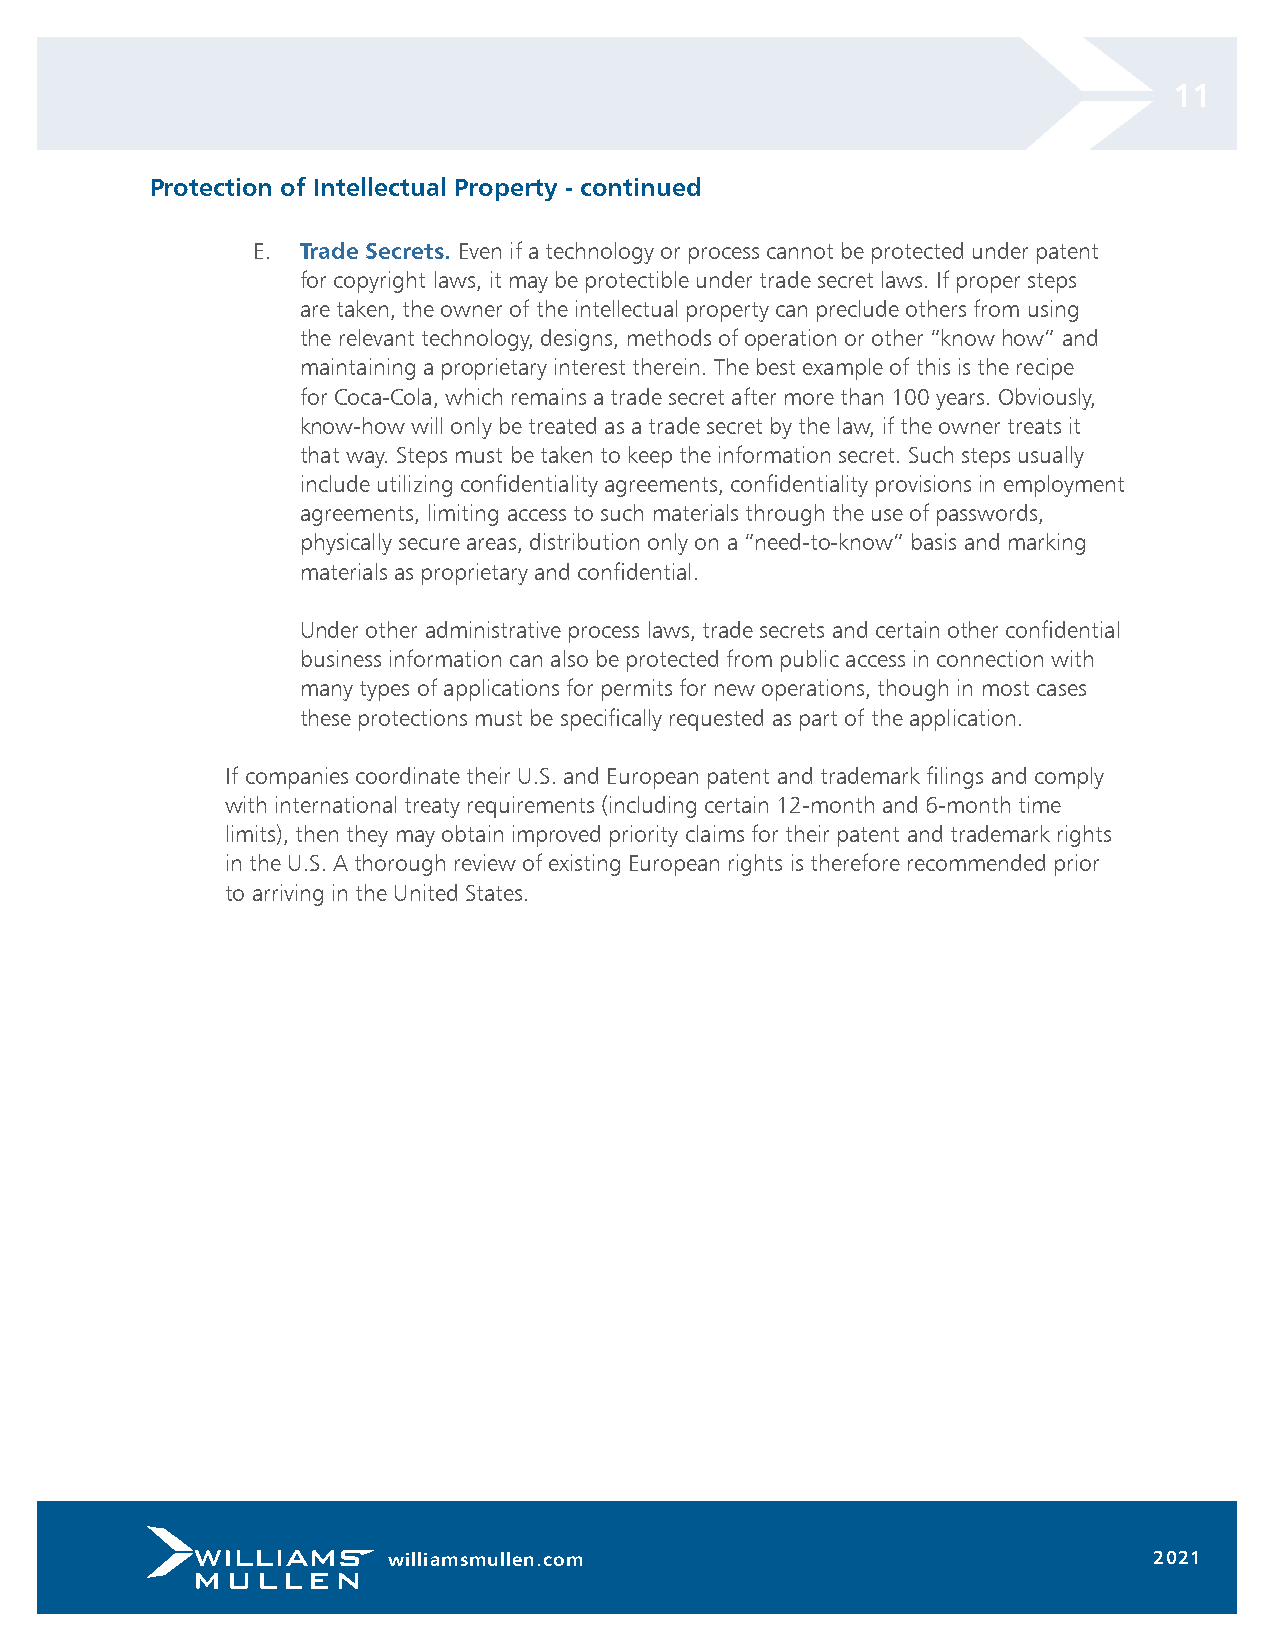
11
 Protection of Intellectual Property - continued
 E. Trade Secrets. Even if a technology or process cannot be protected under patent
 for copyright laws, it may be protectible under trade secret laws. If proper steps
 are taken, the owner of the intellectual property can preclude others from using
 the relevant technology, designs, methods of operation or other “know how” and
 maintaining a proprietary interest therein. The best example of this is the recipe
 for Coca-Cola, which remains a trade secret after more than 100 years. Obviously,
 know-how will only be treated as a trade secret by the law, if the owner treats it
 that way. Steps must be taken to keep the information secret. Such steps usually
 include utilizing confidentiality agreements, confidentiality provisions in employment
 agreements, limiting access to such materials through the use of passwords,
 physically secure areas, distribution only on a “need-to-know” basis and marking
 materials as proprietary and confidential.
 Under other administrative process laws, trade secrets and certain other confidential
 business information can also be protected from public access in connection with
 many types of applications for permits for new operations, though in most cases
 these protections must be specifically requested as part of the application.
 If companies coordinate their U.S. and European patent and trademark filings and comply
 with international treaty requirements (including certain 12-month and 6-month time
 limits), then they may obtain improved priority claims for their patent and trademark rights
 in the U.S. A thorough review of existing European rights is therefore recommended prior
 to arriving in the United States.
 williamsmullen.com                                2021